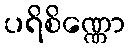
ပရိစိဏ္ဏော